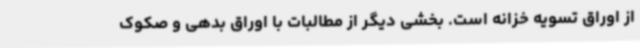
از اوراق تسویه خزانه است. بخشی دیگر از مطالبات با اوراق بدهی و صکوک